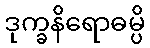
ဒုက္ခနိရောဓမ္ပိ